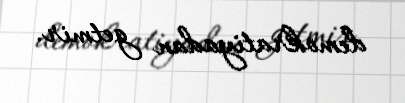
demokratiyadan getmir.